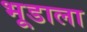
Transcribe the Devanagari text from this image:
भूडाला